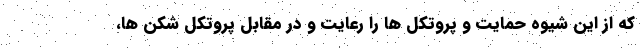
که از این شیوه حمایت و پروتکل ها را رعایت و در مقابل پروتکل شکن ها،